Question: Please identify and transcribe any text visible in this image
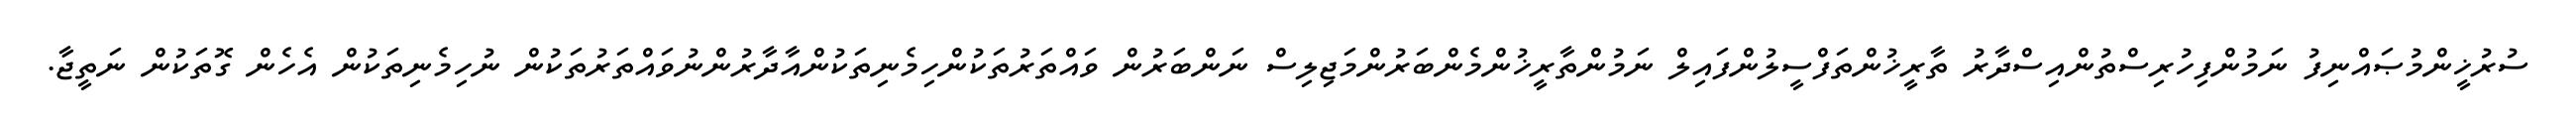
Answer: ސުރުޚީންމުޞައްނިފު ނަމުންފިހުރިސްތުންއިސްދާރު ތާރީޚުންތަފްސީލުންފައިލް ނަމުންތާރީޚުންމެންބަރުންމަޖިލިސް ނަންބަރުން ވައްތަރުތަކުންހިމެނިތަކުންއާދާރުންނުވައްތަރުތަކުން ނުހިމެނިތަކުން އެހެން ގޮތަކުން ނަތީޖާ.